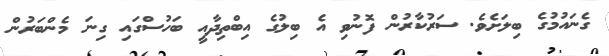
ގެނައުމުގެ ބިލަށެވެ. ސަރުކާރުން ފޮނުވި އެ ބިލުގެ އިބްތިދާއީ ބަހުސްގައި ގިނަ މެންބަރުން